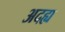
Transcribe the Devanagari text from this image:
अदह्य